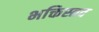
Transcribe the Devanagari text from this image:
भक्तिस्तव